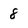
Character: 8